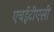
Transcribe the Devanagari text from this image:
एचईटीएसी